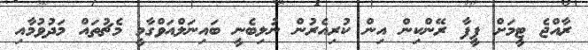
ރާއްޖެ ޓީމަށް ފީފާ ރޭންކިން އިން ކުރިއެރުން ނުލިބެނީ ބައިނަލްއަވްގާމީ މެޗުތައް މަދުވުމާއި